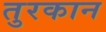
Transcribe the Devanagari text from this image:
तुरकान